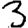
Digit: 3